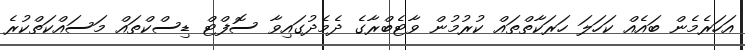
އަހަރެމެން ބައެއް ކަހަލަ ހަރަކާތްތައް ކުރުމުން ވާޓެބްރާގެ ދެމެދުގައިވާ ސޮފްޓް ޑިސްކްތައް މަސައްކަތްކުރެ